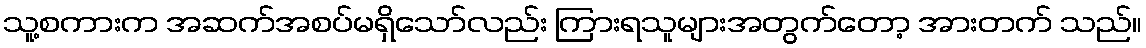
သူ့စကားက အဆက်အစပ်မရှိသော်လည်း ကြားရသူများအတွက်တော့ အားတက် သည်။